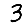
Digit: 3